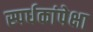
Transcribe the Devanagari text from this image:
स्पर्धकांपेक्षा